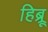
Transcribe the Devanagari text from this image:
हिब्र्रू